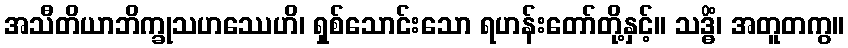
အသီတိယာဘိက္ခုသဟဿေဟိ၊ ရှစ်သောင်းသော ရဟန်းတော်တို့နှင့်။ သဒ္ဓိံ၊ အတူတကွ။